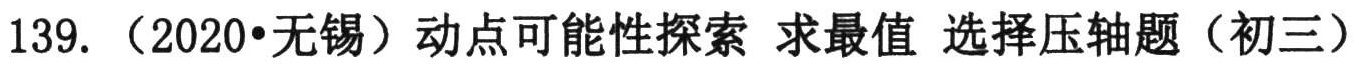
139. （2020•无锡）动点可能性探索 求最值 选择压轴题（初三）